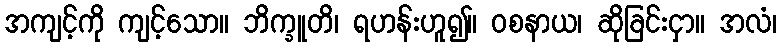
အကျင့်ကို ကျင့်သော။ ဘိက္ခူတိ၊ ရဟန်းဟူ၍။ ဝစနာယ၊ ဆိုခြင်းငှာ။ အလံ၊